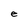
Character: e